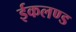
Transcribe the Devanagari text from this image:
ईकलण्ड